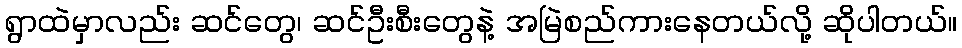
ရွာထဲမှာလည်း ဆင်တွေ၊ ဆင်ဦးစီးတွေနဲ့ အမြဲစည်ကားနေတယ်လို့ ဆိုပါတယ်။